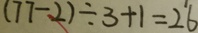
( 7 7 - 2 ) \div 3 + 1 = 2 6